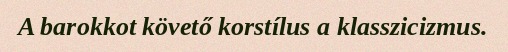
A barokkot követő korstílus a klasszicizmus.